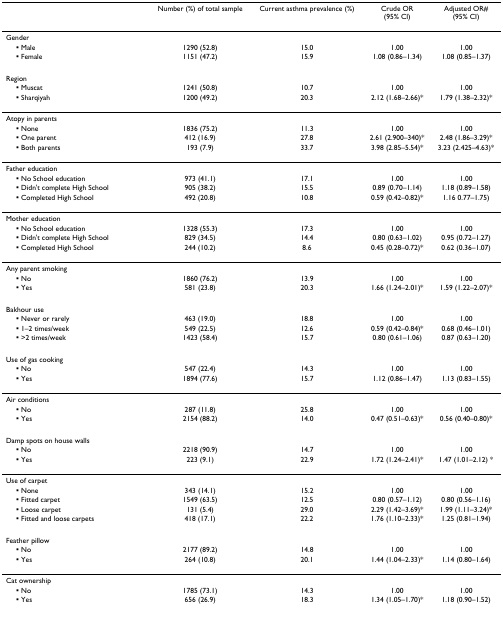
<table><thead><tr><td></td><td><b>Number (%) of total sample</b></td><td><b>Current asthma prevalence (%)</b></td><td><b>Crude OR(95% CI)</b></td><td><b>Adjusted OR#(95% CI)</b></td></tr></thead><tbody><tr><td>Gender</td><td></td><td></td><td></td><td></td></tr><tr><td> ▪ Male</td><td>1290 (52.8)</td><td>15.0</td><td>1.00</td><td>1.00</td></tr><tr><td> ▪ Female</td><td>1151 (47.2)</td><td>15.9</td><td>1.08 (0.86–1.34)</td><td>1.08 (0.85–1.37)</td></tr><tr><td>Region</td><td></td><td></td><td></td><td></td></tr><tr><td> ▪ Muscat</td><td>1241 (50.8)</td><td>10.7</td><td>1.00</td><td>1.00</td></tr><tr><td> ▪ Sharqiyah</td><td>1200 (49.2)</td><td>20.3</td><td>2.12 (1.68–2.66)*</td><td>1.79 (1.38–2.32)*</td></tr><tr><td>Atopy in parents</td><td></td><td></td><td></td><td></td></tr><tr><td> ▪ None</td><td>1836 (75.2)</td><td>11.3</td><td>1.00</td><td>1.00</td></tr><tr><td> ▪ One parent</td><td>412 (16.9)</td><td>27.8</td><td>2.61 (2.900–340)*</td><td>2.48 (1.86–3.29)*</td></tr><tr><td> ▪ Both parents</td><td>193 (7.9)</td><td>33.7</td><td>3.98 (2.85–5.54)*</td><td>3.23 (2.425–4.63)*</td></tr><tr><td>Father education</td><td></td><td></td><td></td><td></td></tr><tr><td> ▪ No School education</td><td>973 (41.1)</td><td>17.1</td><td>1.00</td><td>1.00</td></tr><tr><td> ▪ Didn&#x27;t complete High School</td><td>905 (38.2)</td><td>15.5</td><td>0.89 (0.70–1.14)</td><td>1.18 (0.89–1.58)</td></tr><tr><td> ▪ Completed High School</td><td>492 (20.8)</td><td>10.8</td><td>0.59 (0.42–0.82)*</td><td>1.16 0.77–1.75)</td></tr><tr><td>Mother education</td><td></td><td></td><td></td><td></td></tr><tr><td> ▪ No School education</td><td>1328 (55.3)</td><td>17.3</td><td>1.00</td><td>1.00</td></tr><tr><td> ▪ Didn&#x27;t complete High School</td><td>829 (34.5)</td><td>14.4</td><td>0.80 (0.63–1.02)</td><td>0.95 (0.72–1.27)</td></tr><tr><td> ▪ Completed High School</td><td>244 (10.2)</td><td>8.6</td><td>0.45 (0.28–0.72)*</td><td>0.62 (0.36–1.07)</td></tr><tr><td>Any parent smoking</td><td></td><td></td><td></td><td></td></tr><tr><td> ▪ No</td><td>1860 (76.2)</td><td>13.9</td><td>1.00</td><td>1.00</td></tr><tr><td> ▪ Yes</td><td>581 (23.8)</td><td>20.3</td><td>1.66 (1.24–2.01)*</td><td>1.59 (1.22–2.07)*</td></tr><tr><td>Bakhour use</td><td></td><td></td><td></td><td></td></tr><tr><td> ▪ Never or rarely</td><td>463 (19.0)</td><td>18.8</td><td>1.00</td><td>1.00</td></tr><tr><td> ▪ 1–2 times/week</td><td>549 (22.5)</td><td>12.6</td><td>0.59 (0.42–0.84)*</td><td>0.68 (0.46–1.01)</td></tr><tr><td> ▪ &gt;2 times/week</td><td>1423 (58.4)</td><td>15.7</td><td>0.80 (0.61–1.06)</td><td>0.87 (0.63–1.20)</td></tr><tr><td>Use of gas cooking</td><td></td><td></td><td></td><td></td></tr><tr><td> ▪ No</td><td>547 (22.4)</td><td>14.3</td><td>1.00</td><td>1.00</td></tr><tr><td> ▪ Yes</td><td>1894 (77.6)</td><td>15.7</td><td>1.12 (0.86–1.47)</td><td>1.13 (0.83–1.55)</td></tr><tr><td>Air conditions</td><td></td><td></td><td></td><td></td></tr><tr><td> ▪ No</td><td>287 (11.8)</td><td>25.8</td><td>1.00</td><td>1.00</td></tr><tr><td> ▪ Yes</td><td>2154 (88.2)</td><td>14.0</td><td>0.47 (0.51–0.63)*</td><td>0.56 (0.40–0.80)*</td></tr><tr><td>Damp spots on house walls</td><td></td><td></td><td></td><td></td></tr><tr><td> ▪ No</td><td>2218 (90.9)</td><td>14.7</td><td>1.00</td><td>1.00</td></tr><tr><td> ▪ Yes</td><td>223 (9.1)</td><td>22.9</td><td>1.72 (1.24–2.41)*</td><td>1.47 (1.01–2.12) *</td></tr><tr><td>Use of carpet</td><td></td><td></td><td></td><td></td></tr><tr><td> ▪ None</td><td>343 (14.1)</td><td>15.2</td><td>1.00</td><td>1.00</td></tr><tr><td> ▪ Fitted carpet</td><td>1549 (63.5)</td><td>12.5</td><td>0.80 (0.57–1.12)</td><td>0.80 (0.56–1.16)</td></tr><tr><td> ▪ Loose carpet</td><td>131 (5.4)</td><td>29.0</td><td>2.29 (1.42–3.69)*</td><td>1.99 (1.11–3.24)*</td></tr><tr><td> ▪ Fitted and loose carpets</td><td>418 (17.1)</td><td>22.2</td><td>1.76 (1.10–2.33)*</td><td>1.25 (0.81–1.94)</td></tr><tr><td>Feather pillow</td><td></td><td></td><td></td><td></td></tr><tr><td> ▪ No</td><td>2177 (89.2)</td><td>14.8</td><td>1.00</td><td>1.00</td></tr><tr><td> ▪ Yes</td><td>264 (10.8)</td><td>20.1</td><td>1.44 (1.04–2.33)*</td><td>1.14 (0.80–1.64)</td></tr><tr><td>Cat ownership</td><td></td><td></td><td></td><td></td></tr><tr><td> ▪ No</td><td>1785 (73.1)</td><td>14.3</td><td>1.00</td><td>1.00</td></tr><tr><td> ▪ Yes</td><td>656 (26.9)</td><td>18.3</td><td>1.34 (1.05–1.70)*</td><td>1.18 (0.90–1.52)</td></tr></tbody></table>